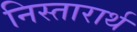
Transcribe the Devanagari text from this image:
निस्तारार्थ